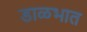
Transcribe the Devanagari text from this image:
डाळभात